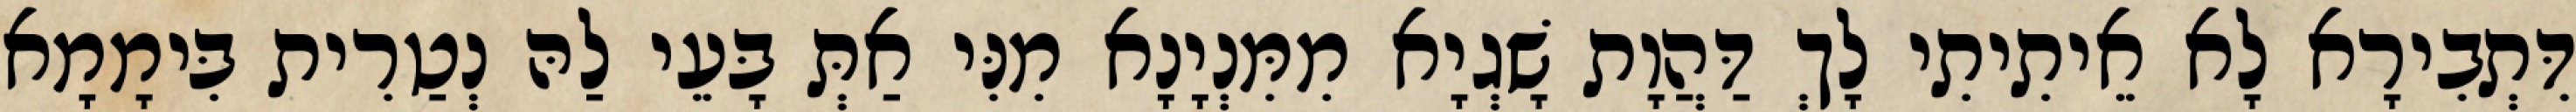
דִּתְבִירָא לָא אֵיתִיתִי לָךְ דַּהֲוָת שָׁגְיָא מִמִּנְיָנָא מִנִּי אַתְּ בָּעֵי לַהּ נְטַרִית בִּימָמָא